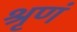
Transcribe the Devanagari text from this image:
श्रृणं